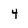
Character: 4